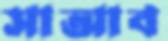
সাআব